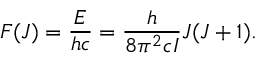
F ( J ) = \frac { E } { h c } = \frac { h } { 8 \pi ^ { 2 } c I } J ( J + 1 ) .